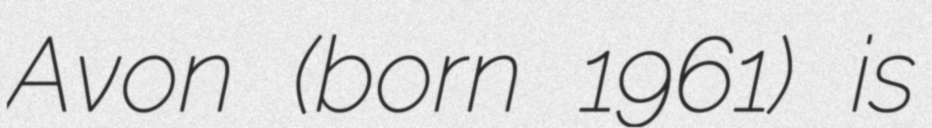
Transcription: Avon (born 1961) is